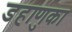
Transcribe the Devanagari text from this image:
डहाणुका